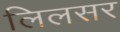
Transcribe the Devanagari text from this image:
लिलसर